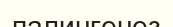
палингенез